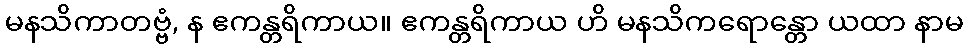
မနသိကာတဗ္ဗံ, န ဧကန္တရိကာယ။ ဧကန္တရိကာယ ဟိ မနသိကရောန္တော ယထာ နာမ